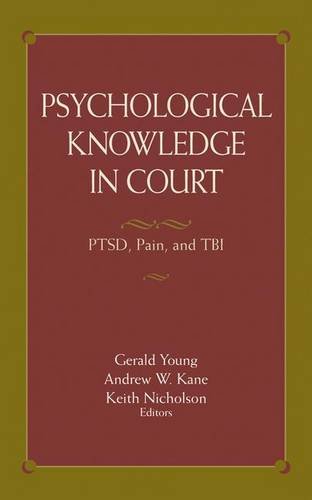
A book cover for Psychological Knowledge in Court: PTSD, Pain, and TBI; Law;